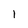
Character: 1